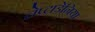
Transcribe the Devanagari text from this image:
लेप्टाडेनिया